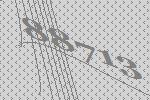
88713